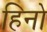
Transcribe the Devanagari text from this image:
हिनो